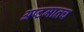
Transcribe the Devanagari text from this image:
अष्टमातच